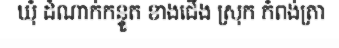
ឃុំ ដំណាក់កន្ទួត ខាងជើង ស្រុក កំពង់ត្រា